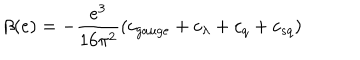
\beta ( e ) = - \frac { e ^ { 3 } } { 1 6 \pi ^ { 2 } } ( c _ { g a u g e } + c _ { \lambda } + c _ { q } + c _ { s q } )